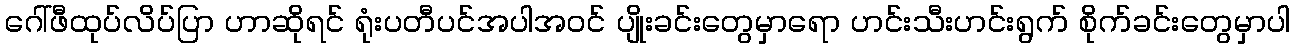
ဂေါ်ဖီထုပ်လိပ်ပြာ ဟာဆိုရင် ရုံးပတီပင်အပါအဝင် ပျိုးခင်းတွေမှာရော ဟင်းသီးဟင်းရွက် စိုက်ခင်းတွေမှာပါ